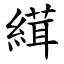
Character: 縙